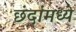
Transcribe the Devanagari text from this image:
छंदांमध्ये